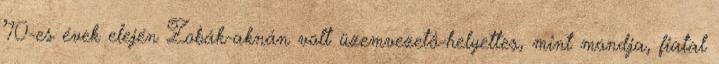
’70-es évek elején Zobák-aknán volt üzemvezetô-helyettes, mint mondja, fiatal